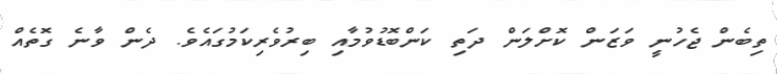
ތިބެން ޖެހުނީ ވަޒަން ކޮށްލަން ދަތި ކަންބޮޑުވުމާއި ބިރުވެރިކަމުގައެވެ. ދެން ވާނެ ގޮތެއް